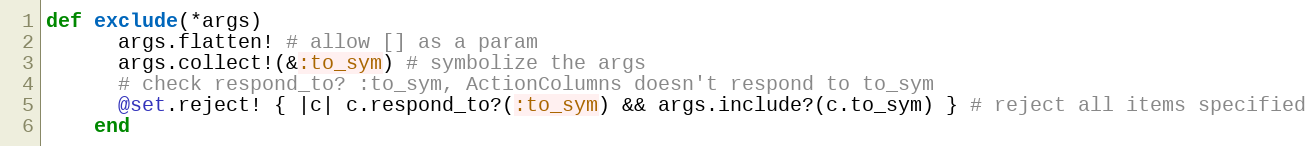
Language: Ruby
def exclude(*args)
      args.flatten! # allow [] as a param
      args.collect!(&:to_sym) # symbolize the args
      # check respond_to? :to_sym, ActionColumns doesn't respond to to_sym
      @set.reject! { |c| c.respond_to?(:to_sym) && args.include?(c.to_sym) } # reject all items specified
    end